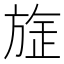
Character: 𭤻